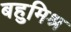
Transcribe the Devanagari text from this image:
बहुमिश्र